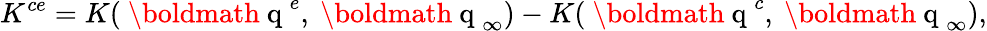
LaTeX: K^{ce}=K(\mathrm{~\boldmath~q~}^{e},\mathrm{~\boldmath~q~}_{\infty})-K(\mathrm{~\boldmath~q~}^{c},\mathrm{~\boldmath~q~}_{\infty}),